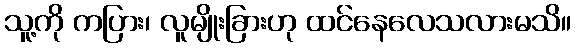
သူ့ကို ကပြား၊ လူမျိုးခြားဟု ထင်နေလေသလားမသိ။